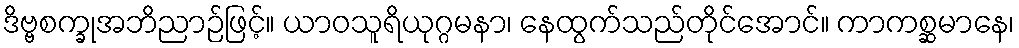
ဒိဗ္ဗစက္ခုအဘိညာဉ်ဖြင့်။ ယာဝသူရိယုဂ္ဂမနာ၊ နေထွက်သည်တိုင်အောင်။ ကာကစ္ဆမာနေ၊